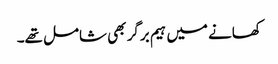
کھانے میں ہیم برگر بھی شامل تھے۔